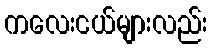
ကလေးငယ်များလည်း